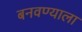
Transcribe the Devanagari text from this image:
बनवण्याला